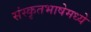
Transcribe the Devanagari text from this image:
संस्कृतभाषेमध्ये